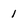
Character: 1